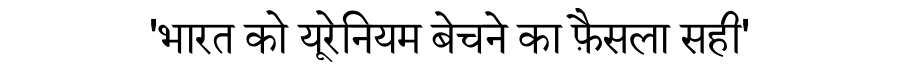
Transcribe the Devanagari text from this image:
'भारत को यूरेनियम बेचने का फ़ैसला सही'